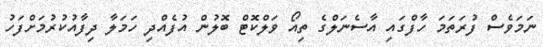
ނަމަވެސް ފުރަތަމަ ހާފްގައި އާސެނަލްގެ ތިއޯ ވަލްކޮޓް ބޮލުން އުފެއްދި ހަމަލާ ދިފާއުކުރުމަށްފަހު